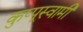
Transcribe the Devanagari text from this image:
कुप्पूस्वामी